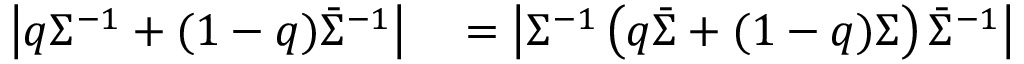
\begin{array} { r l } { \left| q \Sigma ^ { - 1 } + ( 1 - q ) \bar { \Sigma } ^ { - 1 } \right| } & { { } = \left| \Sigma ^ { - 1 } \left( q \bar { \Sigma } + ( 1 - q ) \Sigma \right) \bar { \Sigma } ^ { - 1 } \right| } \end{array}